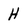
Character: H